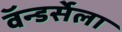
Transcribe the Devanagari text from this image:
वॅन्डर्सेला